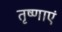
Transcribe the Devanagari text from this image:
तृष्णाएं